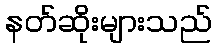
နတ်ဆိုးများသည်